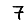
Digit: 7